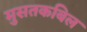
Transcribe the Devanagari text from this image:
मुसतकबिल